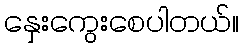
နှေးကွေးစေပါတယ်။